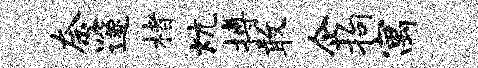
奈邃楮炕搏敢企拘寓